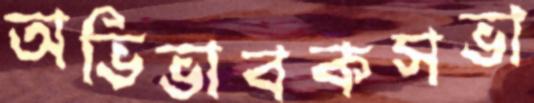
অভিভাবকসভা